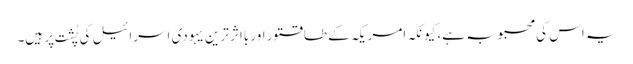
یہ اس کی محبوبہ ہے، کیونکہ امریکہ کے طاقتور اور بااثر ترین یہودی اسرائیل کی پُشت پر ہیں۔